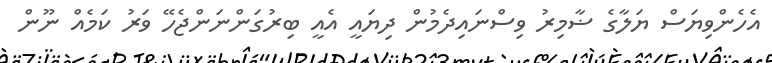
އެހެންވިޔަސް ޔަލާގެ ޟާމިރު ވިސްނައިދެމުން ދިޔައީ އެއީ ބިރުގަންނަންޖެހޭ ވަރު ކަމެއް ނޫން